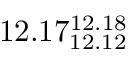
1 2 . 1 7 _ { 1 2 . 1 2 } ^ { 1 2 . 1 8 }